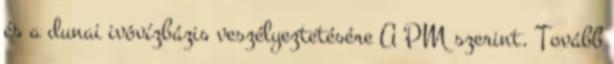
és a dunai ivóvízbázis veszélyeztetésére A PM szerint. Tovább